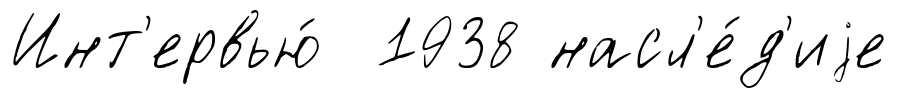
Инт'ервью́ 1938 насл'е́д'иjе